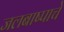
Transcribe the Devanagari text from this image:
जलबाष्पाचे